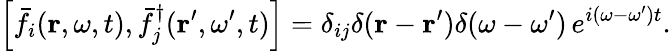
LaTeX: \left[\bar{f}_{i}(\mathbf{r},\omega,t),\bar{f}_{j}^{\dagger}(\mathbf{r}^{\prime},\omega^{\prime},t)\right]=\delta_{ij}\delta(\mathbf{r}-\mathbf{r}^{\prime})\delta(\omega-\omega^{\prime})\, e^{i(\omega-\omega^{\prime})t}.